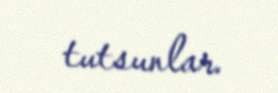
tutsunlar.